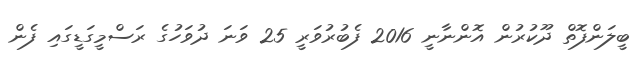
ބީލަންފޮތް ދޫކުރުން އޮންނާނީ 2016 ފެބުރުވަރީ 25 ވަނަ ދުވަހުގެ ރަސްމީގަޑީގައި ފެން